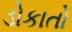
ડોકાતો